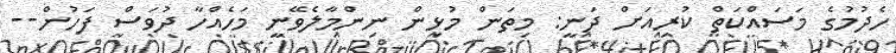
ހެދުމުގެ މަސައްކަތް ކުރިއަށް ދަނީ: މިތަން މުޅިން ނިންމާލެވޭނީ މަހެއްހާ ދުވަސް ފަހުން--